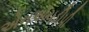
એનએચડીપી